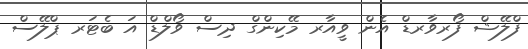
ފްލޭޝް ފޯރވާރޑް އެން ވީއާރ މޭކިންގް ދިސް ވޯލްޑް އަ ބެޓަރ ޕްލޭސް